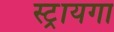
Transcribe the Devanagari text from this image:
स्ट्रायगा